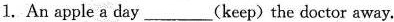
1.An apple a day ___(keep) the doctor away.